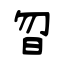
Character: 曶